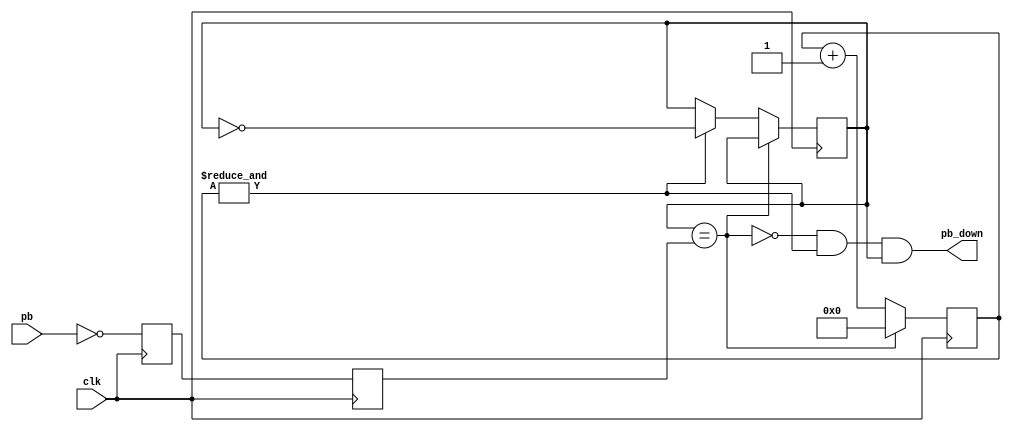
`timescale 1ns / 1ps

// Ref: https://www.fpga4fun.com/Debouncer.html
module debouncer(
    input clk,
    input pb,  // "PB" is the glitchy, asynchronous to clk, active low push-button signal
    output pb_down  // 1 for one clock cycle when the push-button goes down (i.e. just pushed)
    );
    reg pb_state; // 1 as long as the push-button is active (down)
    // First use two flip-flops to synchronize the PB signal the "clk" clock domain
    reg pb_sync_0; always @(posedge clk) pb_sync_0 <= ~pb;  // invert PB to make PB_sync_0 active high
    reg pb_sync_1; always @(posedge clk) pb_sync_1 <= pb_sync_0;
    
    // Next declare a 16-bits counter
    reg [15:0] pb_cnt;
    
    // When the push-button is pushed or released, we increment the counter
    // The counter has to be maxed out before we decide that the push-button state has changed
    wire pb_idle = (pb_state==pb_sync_1);
    wire pb_cnt_max = &pb_cnt;	// true when all bits of PB_cnt are 1's
    
    always @(posedge clk) begin
        if(pb_idle) pb_cnt <= 0;  // nothing's going on
        else begin
            pb_cnt <= pb_cnt + 16'd1;  // something's going on, increment the counter
            if(pb_cnt_max) pb_state <= ~pb_state;  // if the counter is maxed out, PB changed!
        end
    end
    
    assign pb_down = ~pb_idle & pb_cnt_max & pb_state;
endmodule